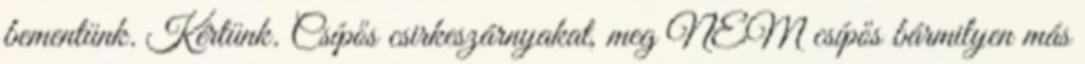
bementünk. Kértünk. Csípős csirkeszárnyakat, meg NEM csípős bármilyen más